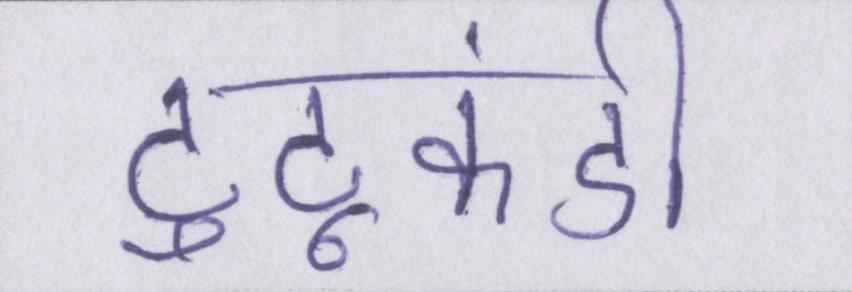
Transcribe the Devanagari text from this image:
टुटूकंडी